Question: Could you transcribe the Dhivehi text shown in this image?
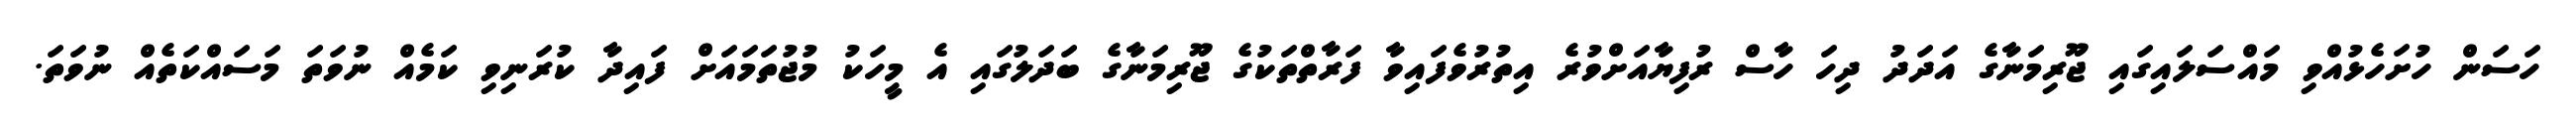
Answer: ހަސަން ހުށަހެޅުއްވި މައްސަލައިގައި ޖޫރިމަނާގެ އަދަދު ދިހަ ހާސް ރުފިޔާއަށްވުރެ އިތުރުވެފައިވާ ފަރާތްތަކުގެ ޖޫރިމަނާގެ ބަދަލުގައި އެ މީހަކު މުޖުތަމައަށް ފައިދާ ކުރަނިވި ކަމެއް ނުވަތަ މަސައްކަތެއް ނުވަތަ.